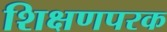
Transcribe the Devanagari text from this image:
शिक्षणपरक